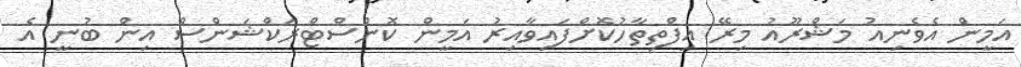
އަމީން އެވެނިއު މަޝްރޫއު މިރޭ އިފްތިތާހުކޮށްފައިވާއިރު އަމީން ކޮންސްޓްރަކްޝަންސް އިން ބުނީ އެ